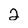
Character: 2